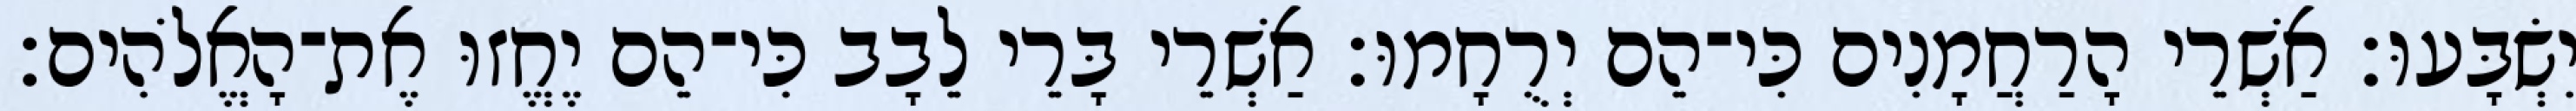
יִשְׂבָּעוּ׃ אַשְׁרֵי הָרַחֲמָנִים כִּי־הֵם יְרֻחָמוּ׃ אַשְׁרֵי בָּרֵי לֵבָב כִּי־הֵם יֶחֱזוּ אֶת־הָאֱלֹהִים׃